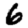
Digit: 6